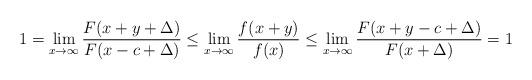
LaTeX: \begin{align*} 1 =\lim_{x\to\infty}\frac{F(x+y+\Delta)}{F(x-c+\Delta)} \le \lim_{x\to\infty}\frac{f(x+y)}{f(x)} \le \lim_{x\to\infty} \frac{F(x+y-c+\Delta)}{F(x+\Delta)}=1 \end{align*}